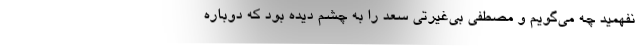
نفهمید چه می‌گویم و مصطفی بی‌غیرتی سعد را به چشم دیده بود که دوباره